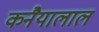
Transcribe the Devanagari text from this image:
कनैयालाल